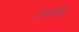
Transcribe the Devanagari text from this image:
हेलमेथ